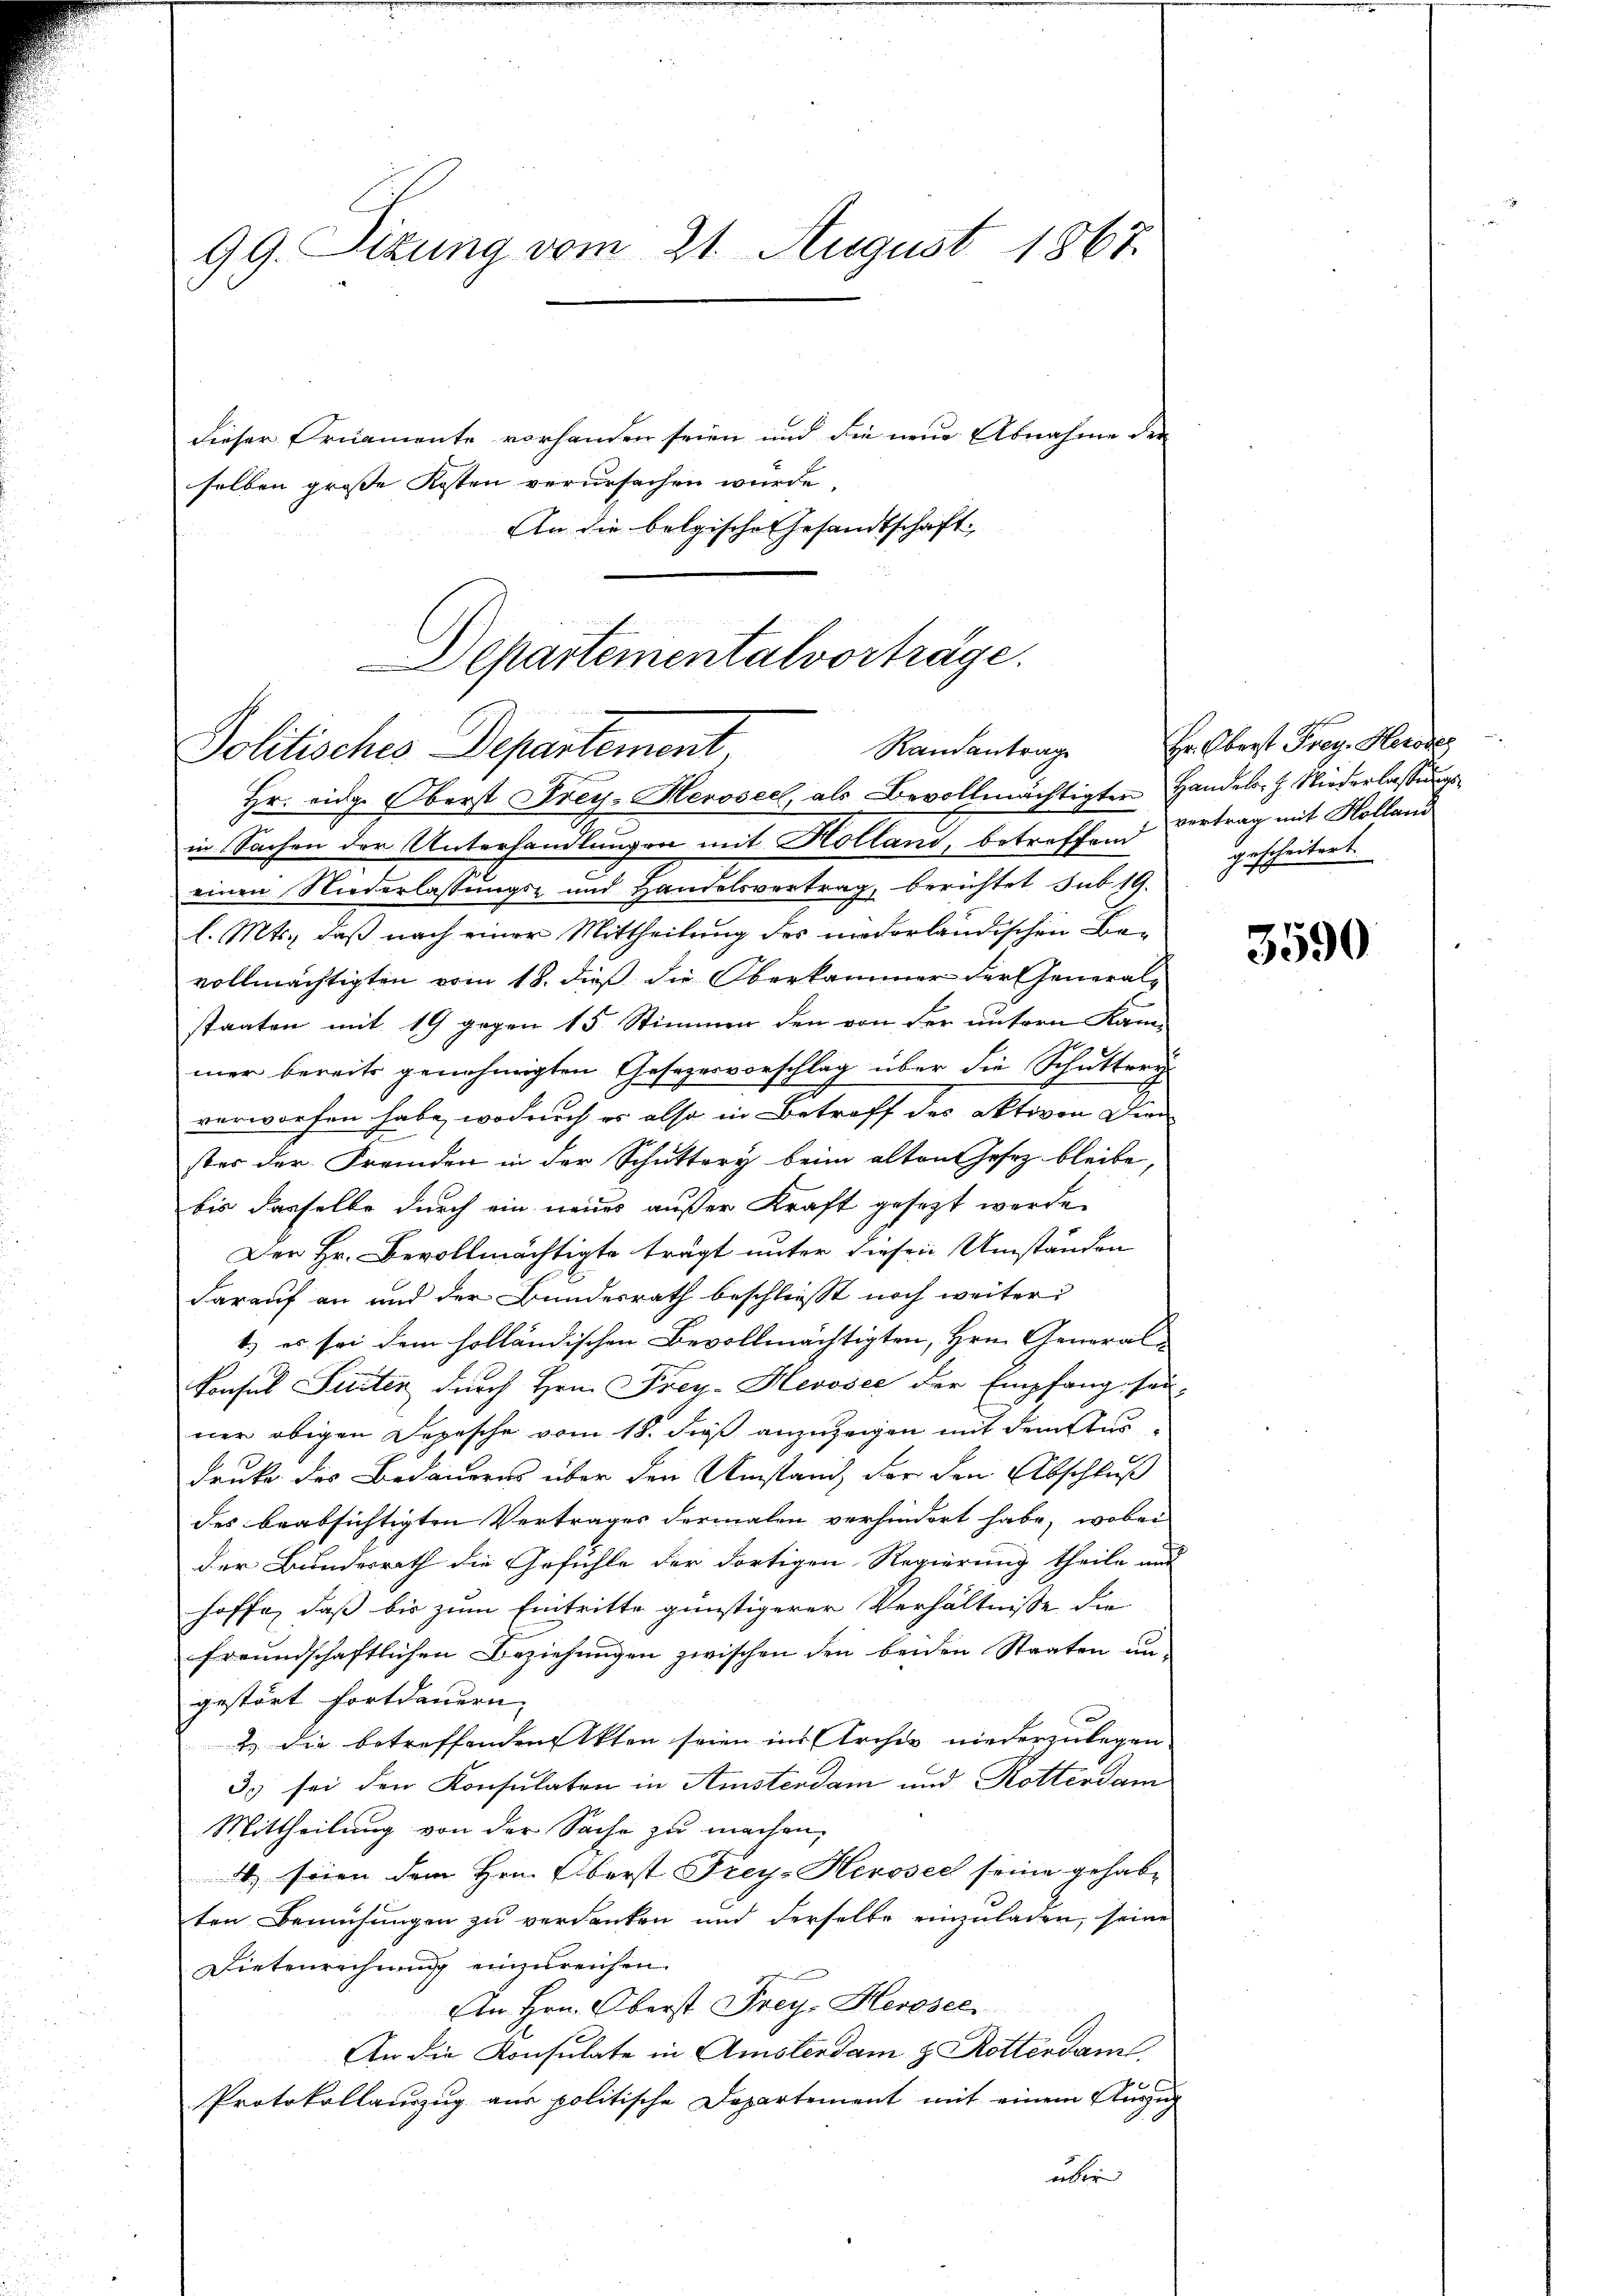
99. Sitzung vom 21. August 1867.
dieser Ornamente vorhanden seien und die neue Abnahme der
selben große Kosten verursachen wurde.

An die belgische Gesandtschaft

Departementalvorträge.
Randantrag
Politisches Departement,
Hr. eidg. Oberst Frey. Herosec, als Bevollmächtigten Handels. Z. Niederlassungs¬

in Sachen der Unterhandlungen mit Kolland, betreffend Vertrag mit Holland
einen Niederlassungs- und Handelsvertrag, berichtet sub 19.
l. Mts., daß nach einer Mittheilung des niederländischen Be-
vollmächtigten vom 18. dieß die Oberkammer der Generalstaaten mit 19 gegen 15 Stimmen den von der untern Kan
mer bereits genehmigten Gesezesvorschlag über die Schuttery-
verworfen habe, wodurch es also in Betreff des aktiven Dien
stes der Fremden in der Schuttery beim alten Gesez bleibe,
bis dasselbe durch ein neues außer Kraft gesezt werde.
Der Hr. Bevollmächtigte trägt unter diesen Umständen
darauf an und der Bundesrath beschliesst noch weiter
t) es sei dem holländischen Bevollmächtigten, Hrn. General¬
Konsul Seiter durch Hrn. Frey-Hevosee der Empfang sei-
ner obigen Depesche vom 18. die anzuzeigen mit dem Ausdruke des Bedauerns über den Umstand der den Abschluß
des beabsichtigten Vertrages dermalen verhindert habe, wobei
der Bundesrath die Gefühle der dortigen Regierung theile und
hoffe, daß bis zum Eintritte günstigerer Verhältnisse die
freundschaftlichen Beziehungen zwischen den beiden Staaten un-
gestört fortdauern,
2 die betreffenden Akten seien ins Archiv niederzulegen
3. sei den Konsulaten in Amsterdam und Rotterdam
Mittheilung von der Sache zu machen,
4. seien dem Hrn. Oberst Frey- Herosec seine gehabe
ten Bemühungen zu verdanken und derselbe einzuladen, seine
Dietenrechnung einzureichen.
An Hrn. Oberst Frey, Herosec
An die Konsulate in Amsterdam & Rotterdam
Protokollauszug aus politische Departement mit einem Auszug
über

Hr. Oberst Frey. Herode
gescheitert.

3590